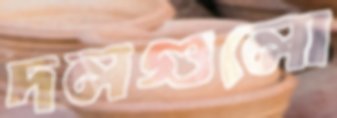
দলগুলো